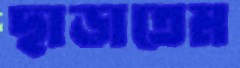
ছাড়াতেম